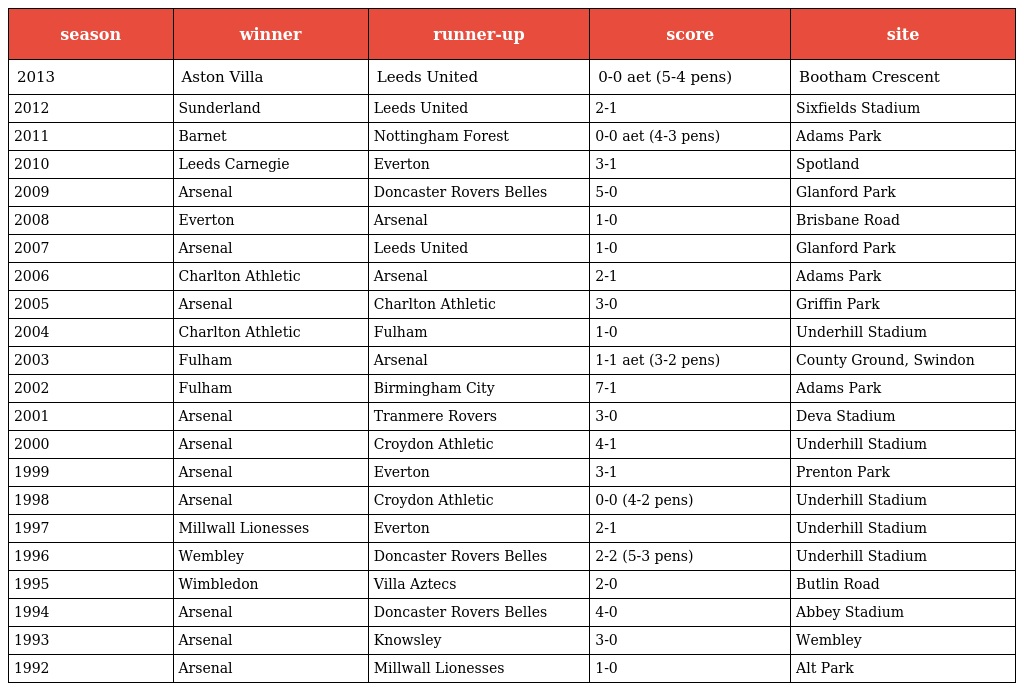
| season | winner | runner-up | score | site |
 | --- | --- | --- | --- | --- |
 | 2013 | Aston Villa | Leeds United | 0-0 aet (5-4 pens) | Bootham Crescent |
 | 2012 | Sunderland | Leeds United | 2-1 | Sixfields Stadium |
 | 2011 | Barnet | Nottingham Forest | 0-0 aet (4-3 pens) | Adams Park |
 | 2010 | Leeds Carnegie | Everton | 3-1 | Spotland |
 | 2009 | Arsenal | Doncaster Rovers Belles | 5-0 | Glanford Park |
 | 2008 | Everton | Arsenal | 1-0 | Brisbane Road |
 | 2007 | Arsenal | Leeds United | 1-0 | Glanford Park |
 | 2006 | Charlton Athletic | Arsenal | 2-1 | Adams Park |
 | 2005 | Arsenal | Charlton Athletic | 3-0 | Griffin Park |
 | 2004 | Charlton Athletic | Fulham | 1-0 | Underhill Stadium |
 | 2003 | Fulham | Arsenal | 1-1 aet (3-2 pens) | County Ground, Swindon |
 | 2002 | Fulham | Birmingham City | 7-1 | Adams Park |
 | 2001 | Arsenal | Tranmere Rovers | 3-0 | Deva Stadium |
 | 2000 | Arsenal | Croydon Athletic | 4-1 | Underhill Stadium |
 | 1999 | Arsenal | Everton | 3-1 | Prenton Park |
 | 1998 | Arsenal | Croydon Athletic | 0-0 (4-2 pens) | Underhill Stadium |
 | 1997 | Millwall Lionesses | Everton | 2-1 | Underhill Stadium |
 | 1996 | Wembley | Doncaster Rovers Belles | 2-2 (5-3 pens) | Underhill Stadium |
 | 1995 | Wimbledon | Villa Aztecs | 2-0 | Butlin Road |
 | 1994 | Arsenal | Doncaster Rovers Belles | 4-0 | Abbey Stadium |
 | 1993 | Arsenal | Knowsley | 3-0 | Wembley |
 | 1992 | Arsenal | Millwall Lionesses | 1-0 | Alt Park |